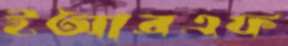
ইআরএফ